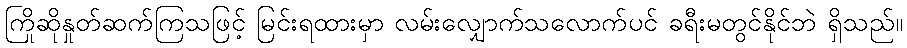
ကြိုဆိုနှုတ်ဆက်ကြသဖြင့် မြင်းရထားမှာ လမ်းလျှောက်သလောက်ပင် ခရီးမတွင်နိုင်ဘဲ ရှိသည်။